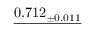
\underline { { 0 . 7 1 2 _ { \pm 0 . 0 1 1 } } }